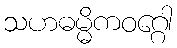
သဟဓမ္မိကဝဂ္ဂေါ